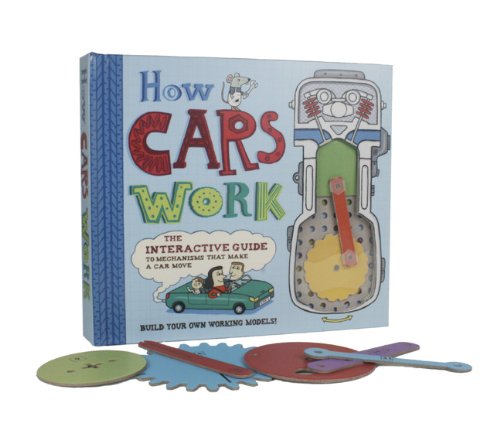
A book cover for How Cars Work: The Interactive Guide to Mechanisms that Make a Car Move; Nick Arnold; Children's Books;